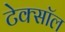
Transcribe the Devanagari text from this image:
टेक्सॉल